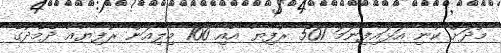
މޫދަށް ކުނި އަޅައިފިނަމަ 501 ރުފިޔާ އާއި 100 މިލިއަން ރުފިޔާއާ ދެމެދުގެ